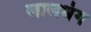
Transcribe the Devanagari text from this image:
लालधंग